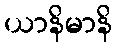
ယာနိမာနိ